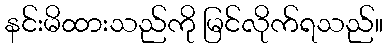
နင်းမိထားသည်ကို မြင်လိုက်ရသည်။